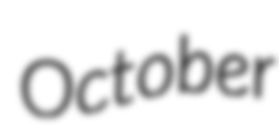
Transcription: October